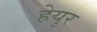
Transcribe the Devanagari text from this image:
हेयुर